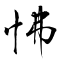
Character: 怫